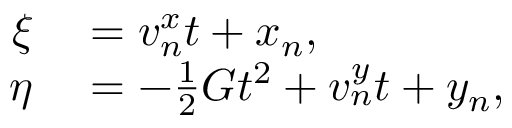
\begin{array} { r l } { \xi } & { { } = v _ { n } ^ { x } t + x _ { n } , } \\ { \eta } & { { } = - \frac { 1 } { 2 } G t ^ { 2 } + v _ { n } ^ { y } t + y _ { n } , } \end{array}